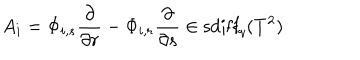
A _ { i } = \Phi _ { i , s } { \frac { \partial } { \partial r } } - \Phi _ { i , r } { \frac { \partial } { \partial s } } \in \mathrm { s d i f f } _ { q } ( T ^ { 2 } )